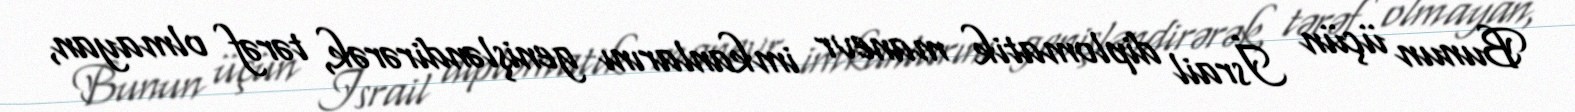
Bunun üçün İsrail diplomatik manevr imkanlarını genişləndirərək, tərəf olmayan,